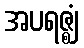
အပရဇ္ဈံ